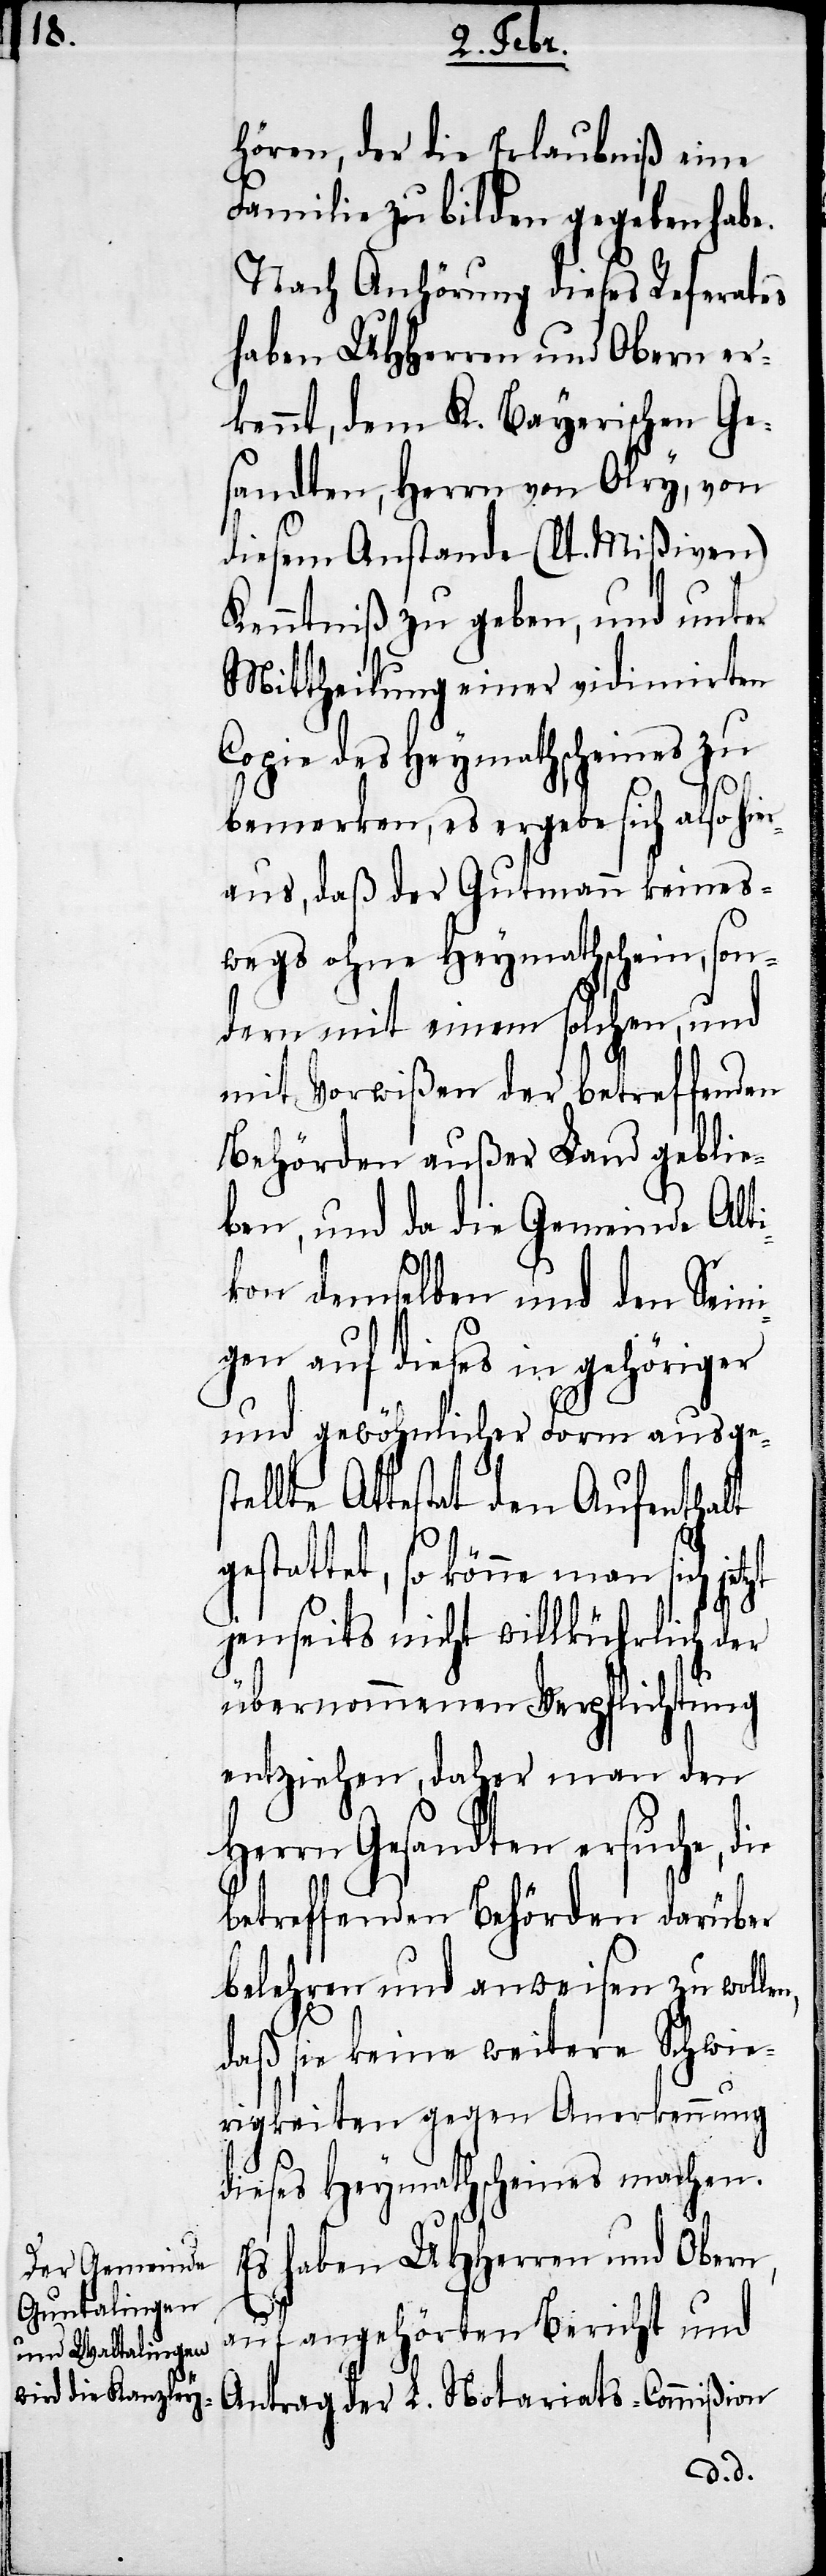
hören, der die Erlaubniß eine
Familie zu bilden gegeben habe.
Nach Anhörung dieses Referates
haben UHHerren und Obern er¬
kennt, dem K. Bayerischen Ge¬
sandten, Herrn von Olry, von
diesem Anstande (lt. Mißiven)
Kenntniß zu geben, und unter
Mittheilung einer vidimirten
Copie des Heymathscheines zu
bemerken, es ergebe sich also hie¬
raus, daß der Gutmann keines¬
wegs ohne Heymathschein, son¬
dern mit einem solchen, und
mit Vorwißen der betreffenden
Behörden außer Land geblie¬
ben, und da die Gemeinde Alti¬
kon demselben und den Seini¬
gen auf dieses in gehöriger
und gewöhnlicher Form ausge¬
ellte Attestat den Aufenthalt
estattet, so könne man sich
jenseits nicht willkührlich der
übernommenen Verpflichtung
entziehen, daher man den
Herrn Gesandten ersuche, die
betreffenden Behörden darüber
belehren und anweisen zu wolle¬
daß sie keine weitere Schwie¬
rigkeiten gegen Anerkennung
dieses Heymathscheines machen.
Es haben UHHerren und Obern,
L.
auf angehörten Bericht und